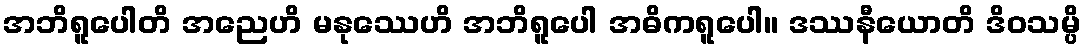
အဘိရူပေါတိ အညေဟိ မနုဿေဟိ အဘိရူပေါ အဓိကရူပေါ။ ဒဿနီယောတိ ဒိဝသမ္ပိ